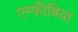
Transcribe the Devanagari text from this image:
एम्फीबिया